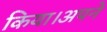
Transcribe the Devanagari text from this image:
किया।अपने